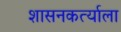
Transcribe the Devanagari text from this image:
शासनकर्त्याला